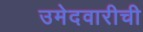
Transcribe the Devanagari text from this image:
उमेदवारीची